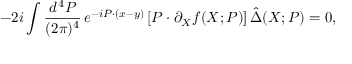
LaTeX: - 2 i \int \frac { d ^ { \, 4 } P } { ( 2 \pi ) ^ { 4 } } \, e ^ { - i P \cdot ( x - y ) } \left[ P \cdot \partial _ { X } f ( X ; P ) \right] \hat { \Delta } ( X ; P ) = 0 ,